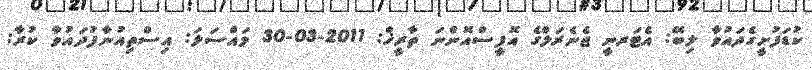
ކުޑަފުށީގެދައުވާ ލިބޭ: އެޓަރނީ ޖެނެރަލްގެ އޮފީސްއޮންނަ ތާރީޚް: 2011-03-30 މައްސަލަ: އިސްތިއުނާފުދައުވާ ކުރާ: